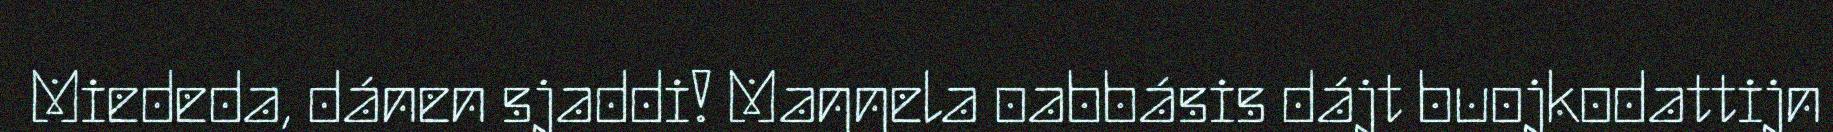
Miededa, dánen sjaddi! Maŋŋela oabbásis dájt buojkodattijn